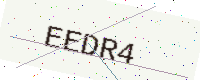
Text: EEDR4